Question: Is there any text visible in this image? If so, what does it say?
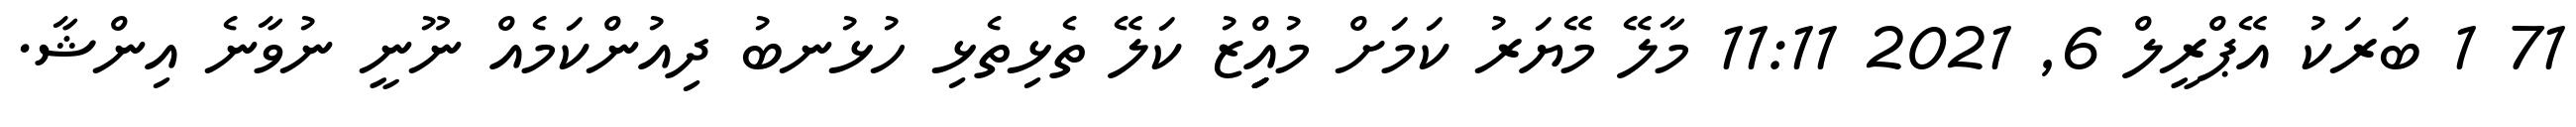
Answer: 71 1 ބަރަކު އޭޕްރީލް 6, 2021 11:11 މާލޭ މޭޔަރު ކަމަށް މުއިިިިިްޒު ކަލޭ ތެޅިތެޅި ހުޅުނބު ދިއުންކަމެއް ނޫނީ ނުވާނެ އިންޝާ.